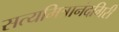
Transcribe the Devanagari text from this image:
सत्यमित्रानंदगिरी